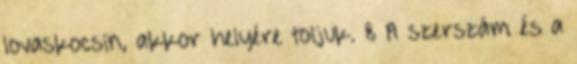
lovaskocsin, akkor helyére toljuk. 8 A szerszám és a